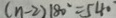
( n - 2 ) 1 8 0 ^ { \circ } = 5 4 0 ^ { \circ }